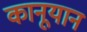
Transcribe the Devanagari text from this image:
कानूयान